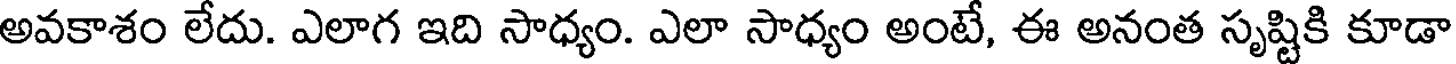
అవకాశం లేదు. ఎలాగ ఇది సాధ్యం. ఎలా సాధ్యం అంటే, ఈ అనంత సృష్టికి కూడా